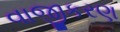
વાજીકરણ